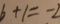
b + 1 = - 2